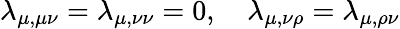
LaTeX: \lambda_{\mu,\mu\nu}=\lambda_{\mu,\nu\nu}=0,\quad\lambda_{\mu,\nu\rho}=\lambda_{\mu,\rho\nu}